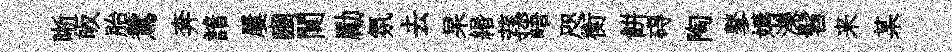
晰皈胎鴛奔諳屢豳闃勵氛去杲緡蓀峿咫衡餅碍陶鼕媾濼髫来某